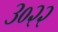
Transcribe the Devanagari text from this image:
३०२२